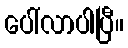
ပေါ်လာပါပြီ။